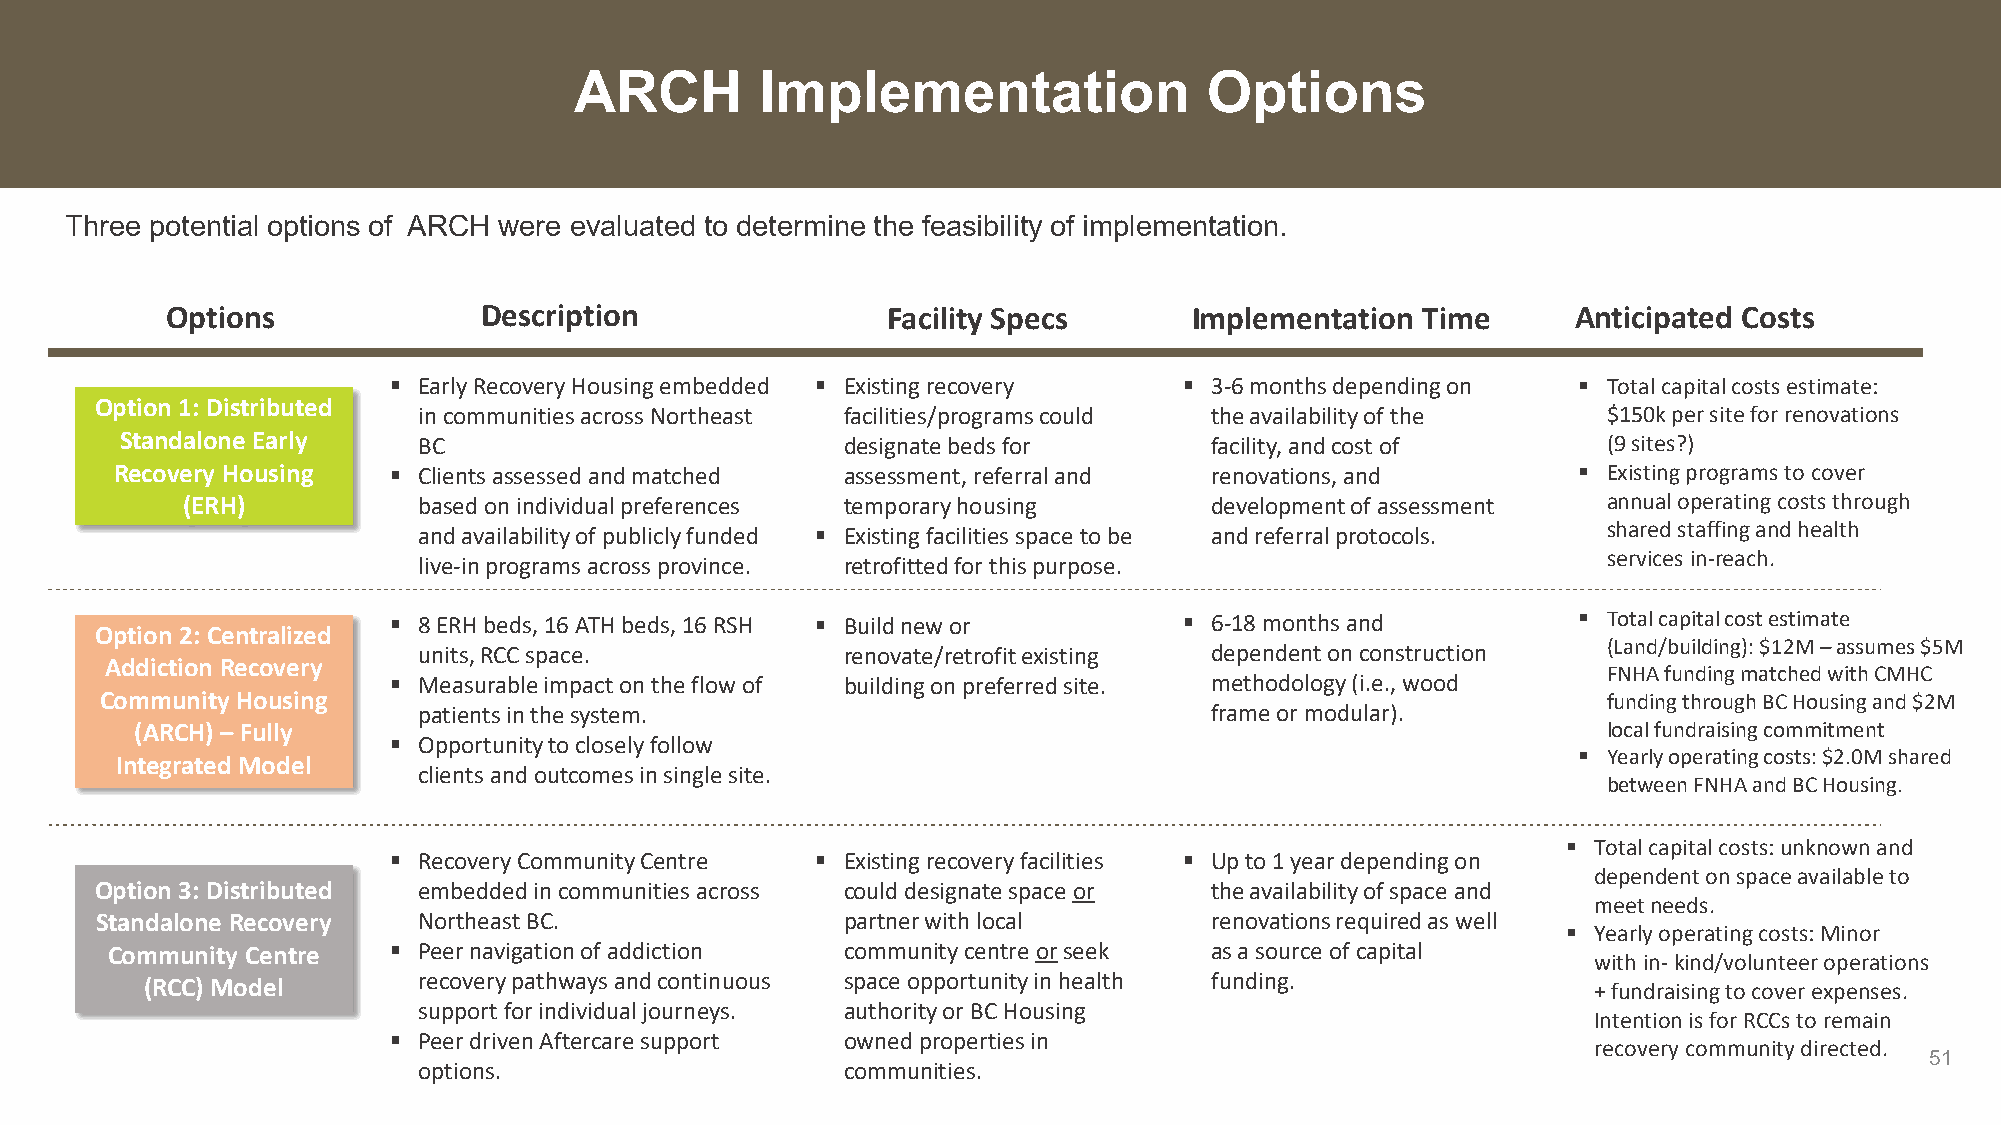
ARCH        Implementation                Options
 Three potential options of ARCH were evaluated to determine the feasibility of implementation.
 Options              Description                Facility Specs      Implementation Time      Anticipated Costs
  Early Recovery Housing embedded  Existing recovery  3-6 months depending on  Total capital costs estimate:
 Option 1: Distributed
 in communities across Northeast facilities/programs could the availability of the $150k per site for renovations
 Standalone Early    BC                          designate beds for      facility, and cost of     (9 sites?)
 Recovery Housing   Clients assessed and matched assessment, referral and renovations, and       Existing programs to cover
 (ERH)           based on individual preferences temporary housing   development of assessment annual operating costs through
 and availability of publicly funded  Existing facilities space to be and referral protocols. shared staffing and health
 services in-reach.
 live-in programs across province. retrofitted for this purpose.
  8 ERH beds, 16 ATH beds, 16 RSH  Build new or     6-18 months and          Total capital cost estimate
 Option 2: Centralized
 units, RCC space.           renovate/retrofit existing dependent on construction (Land/building): $12M –assumes $5M
 Addiction Recovery
 FNHA funding matched with CMHC
  Measurable impact on the flow of building on preferred site. methodology (i.e., wood
 Community Housing                                                                                  funding through BC Housing and $2M
 patients in the system.                             frame or modular).
 (ARCH) – Fully                                                                                   local fundraising commitment
  Opportunity to closely follow
  Yearly operating costs: $2.0M shared
 Integrated Model
 clients and outcomes in single site.
 between FNHA and BC Housing.
  Total capital costs: unknown and
  Recovery Community Centre  Existing recovery facilities  Up to 1 year depending on
 dependent on space available to
 Option 3: Distributed embedded in communities across could designate space or the availability of space and
 meet needs.
 Standalone Recovery   Northeast BC.               partner with local      renovations required as well
  Yearly operating costs: Minor
 Community Centre    Peer navigation of addiction community centre orseek as a source of capital
 with in-kind/volunteer operations
 recovery pathways and continuous space opportunity in health funding.
 (RCC) Model                                                                                    + fundraising to cover expenses.
 support for individual journeys. authority or BC Housing
 Intention is for RCCs to remain
  Peer driven Aftercare support owned properties in
 recovery community directed.
 51
 options.                    communities.